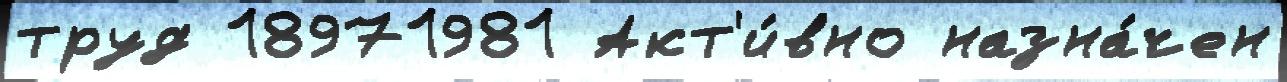
труд 18971981 Акт'и́вно назна́чен